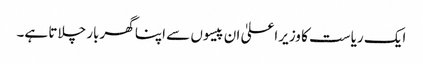
ایک ریاست کا وزیراعلیٰ ان پیسوں سے اپنا گھربار چلاتا ہے۔